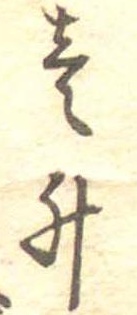
壱升